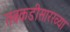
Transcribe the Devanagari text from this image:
तबकडीसारख्या